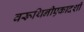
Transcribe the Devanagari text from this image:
वरूथिनीएकादशी